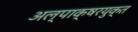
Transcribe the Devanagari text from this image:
अल्पाक्षरयुक्त